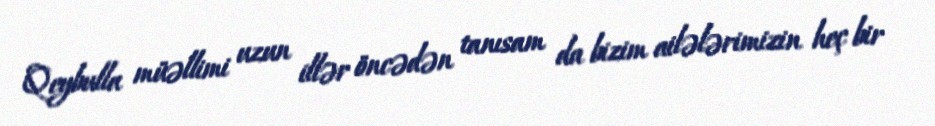
Qeybulla müəllimi uzun illər öncədən tanısam da bizim ailələrimizin heç bir